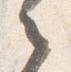
之